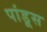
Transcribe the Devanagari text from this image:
पांडूस